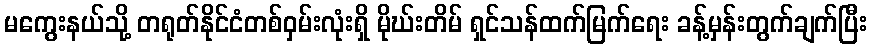
မကွေးနယ်သို့ တရုတ်နိုင်ငံတစ်ဝှမ်းလုံးရှိ မိုဃ်းတိမ် ရှင်သန်ထက်မြက်ရေး ခန့်မှန်းတွက်ချက်ပြီး